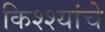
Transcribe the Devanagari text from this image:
किश्श्यांचे